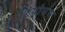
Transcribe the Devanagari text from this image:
टियोमंस